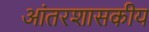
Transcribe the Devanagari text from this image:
आंतरशासकीय